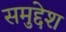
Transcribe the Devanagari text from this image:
समुद्देश